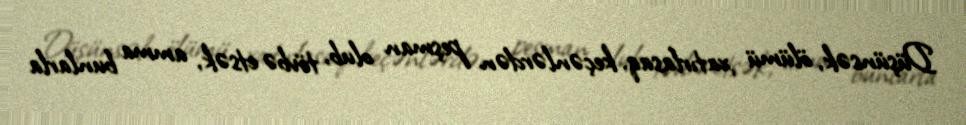
Düşünsək, ölümü xatırlasaq, keçənlərdən peşman olub, tövbə etsək, amma bunlarla